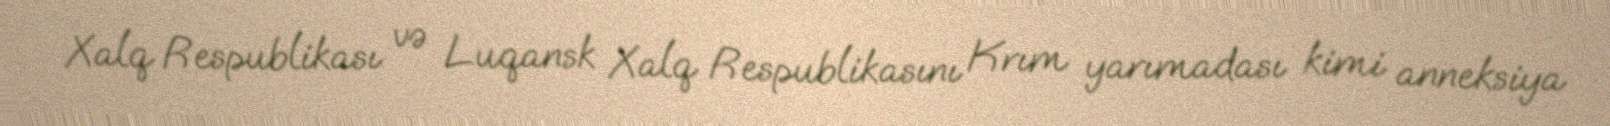
Xalq Respublikası və Luqansk Xalq Respublikasını Krım yarımadası kimi anneksiya